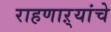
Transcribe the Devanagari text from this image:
राहणाऱ्यांचे